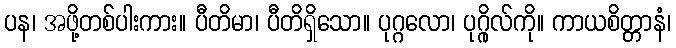
ပန၊ အဖို့တစ်ပါးကား။ ပီတိမာ၊ ပီတိရှိသော။ ပုဂ္ဂလော၊ ပုဂ္ဂိုလ်ကို။ ကာယစိတ္တာနံ၊